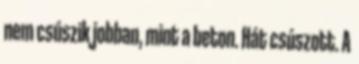
nem csúszik jobban, mint a beton. Hát csúszott. A